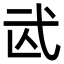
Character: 𢎁